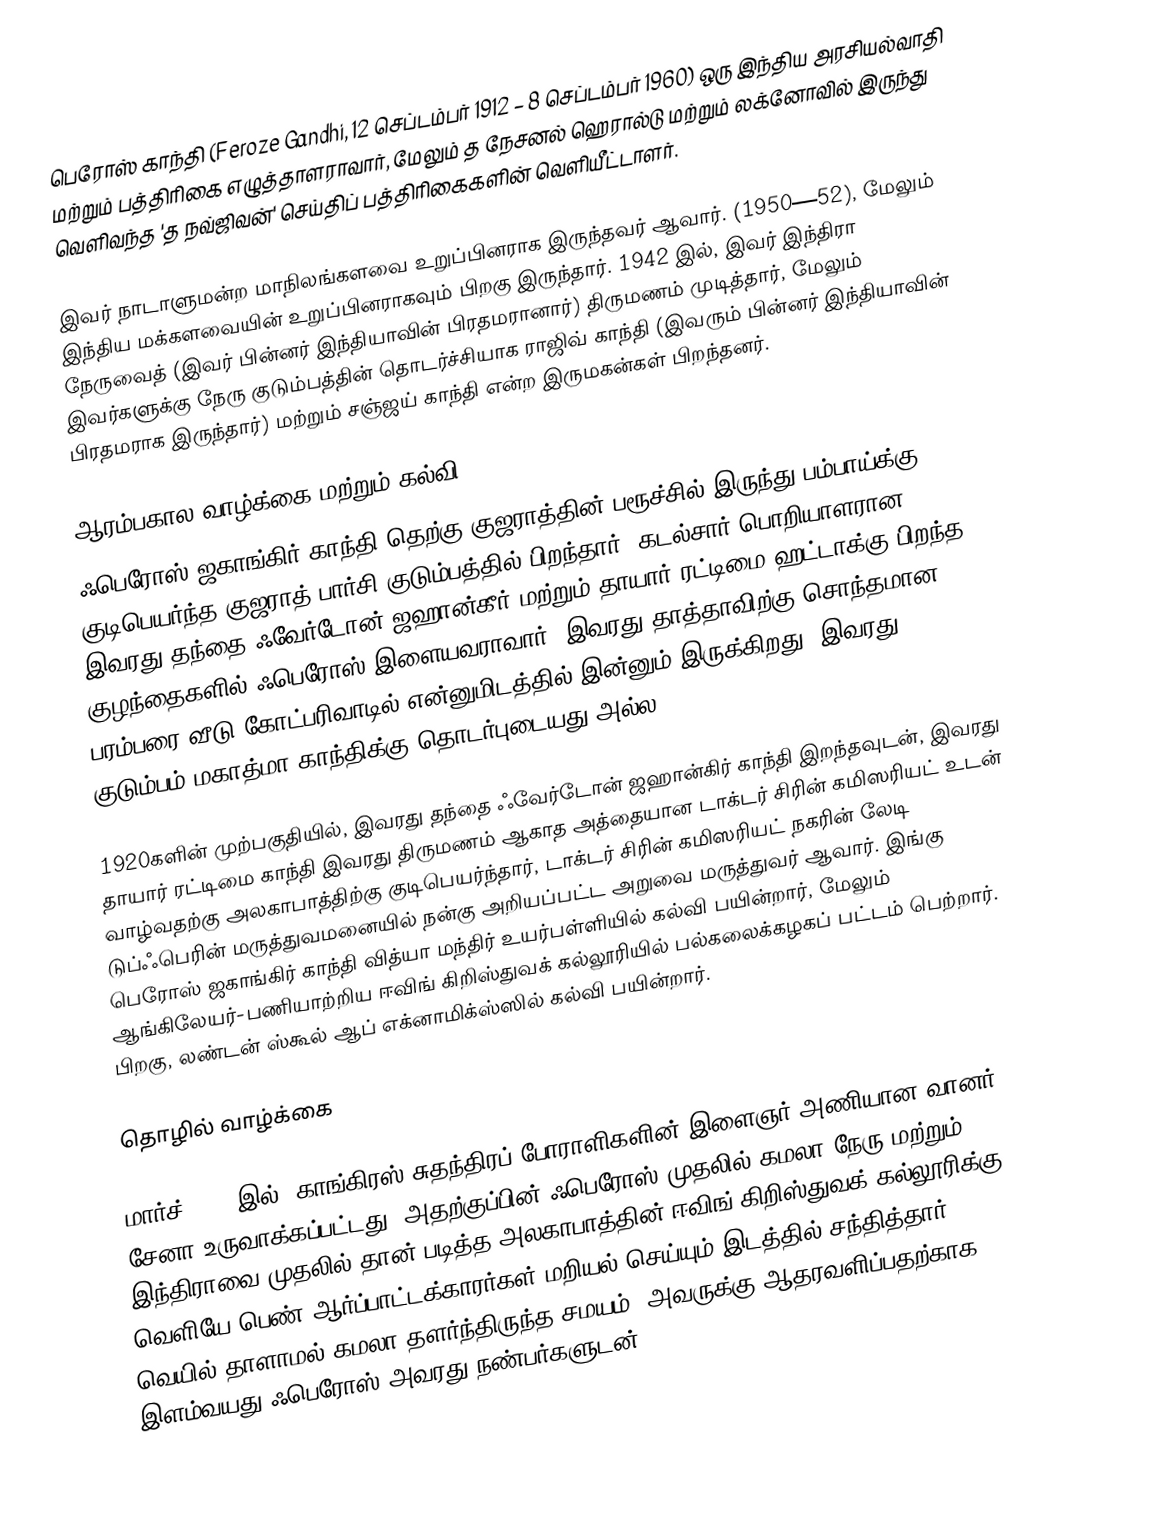
பெரோஸ் காந்தி (Feroze Gandhi, 12 செப்டம்பர் 1912 – 8 செப்டம்பர் 1960) ஒரு இந்திய அரசியல்வாதி மற்றும் பத்திரிகை எழுத்தாளராவார், மேலும் த நேசனல் ஹெரால்டு மற்றும் லக்னோவில் இருந்து வெளிவந்த 'த நவ்ஜிவன்' செய்திப் பத்திரிகைகளின் வெளியீட்டாளர்.

இவர் நாடாளுமன்ற மாநிலங்களவை  உறுப்பினராக இருந்தவர் ஆவார். (1950—52), மேலும் இந்திய மக்களவையின் உறுப்பினராகவும் பிறகு இருந்தார். 1942 இல், இவர் இந்திரா நேருவைத் (இவர் பின்னர் இந்தியாவின் பிரதமரானார்) திருமணம் முடித்தார், மேலும் இவர்களுக்கு நேரு குடும்பத்தின் தொடர்ச்சியாக ராஜிவ் காந்தி (இவரும் பின்னர் இந்தியாவின் பிரதமராக இருந்தார்) மற்றும் சஞ்ஜய் காந்தி என்ற இருமகன்கள் பிறந்தனர்.

ஆரம்பகால வாழ்க்கை மற்றும் கல்வி
ஃபெரோஸ் ஜகாங்கிர் காந்தி தெற்கு குஜராத்தின் பரூச்சில் இருந்து பம்பாய்க்கு குடிபெயர்ந்த குஜராத் பார்சி குடும்பத்தில்  பிறந்தார். கடல்சார் பொறியாளரான இவரது தந்தை ஃவேர்டோன் ஜஹான்கீர்  மற்றும் தாயார் ரட்டிமை ஹட்டாக்கு பிறந்த 5 குழந்தைகளில் ஃபெரோஸ் இளையவராவார்.  இவரது தாத்தாவிற்கு சொந்தமான பரம்பரை வீடு கோட்பரிவாடில் என்னுமிடத்தில் இன்னும் இருக்கிறது. இவரது குடும்பம் மகாத்மா காந்திக்கு தொடர்புடையது அல்ல.

1920களின் முற்பகுதியில், இவரது தந்தை ஃவேர்டோன் ஜஹான்கிர் காந்தி இறந்தவுடன், இவரது தாயார் ரட்டிமை காந்தி இவரது திருமணம் ஆகாத அத்தையான டாக்டர் சிரின் கமிஸரியட் உடன் வாழ்வதற்கு அலகாபாத்திற்கு குடிபெயர்ந்தார், டாக்டர் சிரின் கமிஸரியட் நகரின் லேடி டுப்ஃபெரின் மருத்துவமனையில் நன்கு அறியப்பட்ட அறுவை மருத்துவர் ஆவார். இங்கு பெரோஸ் ஜகாங்கிர் காந்தி வித்யா மந்திர் உயர்பள்ளியில் கல்வி பயின்றார், மேலும் ஆங்கிலேயர்-பணியாற்றிய ஈவிங் கிறிஸ்துவக் கல்லூரியில் பல்கலைக்கழகப் பட்டம் பெற்றார். பிறகு, லண்டன் ஸ்கூல் ஆப் எக்னாமிக்ஸ்ஸில் கல்வி பயின்றார்.

தொழில் வாழ்க்கை

மார்ச் 1930 இல், காங்கிரஸ் சுதந்திரப் போராளிகளின் இளைஞர் அணியான வானர் சேனா உருவாக்கப்பட்டது, அதற்குப்பின் ஃபெரோஸ் முதலில் கமலா நேரு மற்றும் இந்திராவை முதலில் தான் படித்த அலகாபாத்தின் ஈவிங் கிறிஸ்துவக் கல்லூரிக்கு  வெளியே பெண் ஆர்ப்பாட்டக்காரர்கள் மறியல் செய்யும் இடத்தில் சந்தித்தார், வெயில் தாளாமல் கமலா தளர்ந்திருந்த சமயம், அவருக்கு ஆதரவளிப்பதற்காக இளம்வயது ஃபெரோஸ் அவரது நண்பர்களுடன்